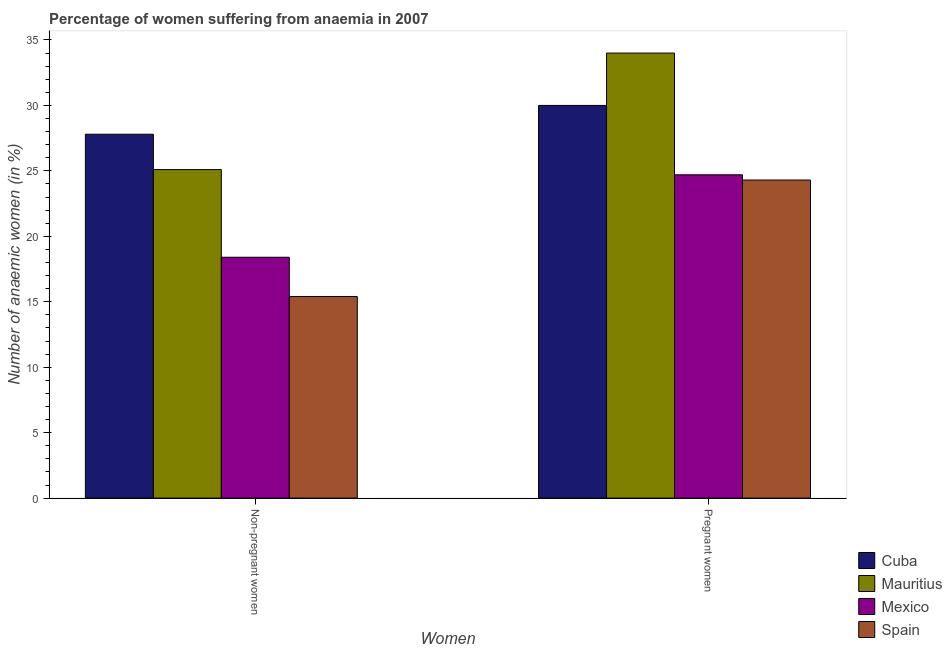
| Women | Cuba | Mauritius | Mexico | Spain |
 | --- | --- | --- | --- | --- |
 | Non-pregnant women | 27.8 | 25.1 | 18.4 | 15.4 |
 | Pregnant women | 30 | 34 | 24.7 | 24.3 |